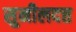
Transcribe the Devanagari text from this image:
सुनीलदत्त